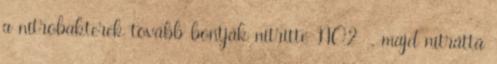
a nitrobakterek tovább bontják nitritté NO2- , majd nitráttá